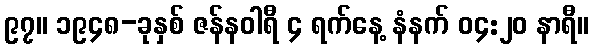
၉၇။ ၁၉၄၈-ခုနှစ် ဇန်နဝါရီ ၄ ရက်နေ့ နံနက် ၀၄:၂၀ နာရီ။